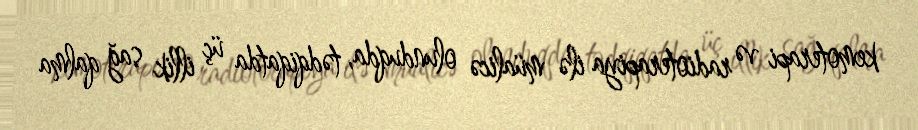
kemoterapi və radioterapiya ilə müalicə olunduqda, tədqiqatda üç illik sağ qalma